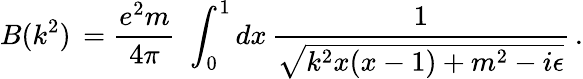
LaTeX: B(k^{2})\, =\frac{e^{2}m}{4\pi}\, \, \int_{0}^{1}dx\, \frac{1}{\sqrt{k^{2}x(x-1)+m^{2}-i\epsilon}}\, .